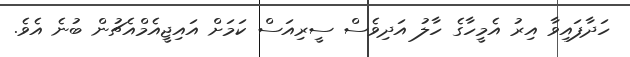
ހަދާފައިވާ އިރު އެމީހާގެ ހާލު އަދިވެސް ސީރިއަސް ކަމަށް އައިޖީއެމްއެޗުން ބުނެ އެވެ.